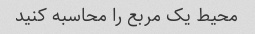
محیط یک مربع را محاسبه کنید